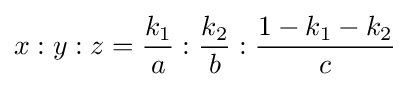
x:y:z={\frac {k_{1}}{a}}:{\frac {k_{2}}{b}}:{\frac {1-k_{1}-k_{2}}{c}}